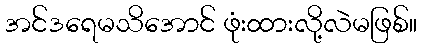
အင်ဒရေမသိအောင် ဖုံးထားလို့လဲမဖြစ်။